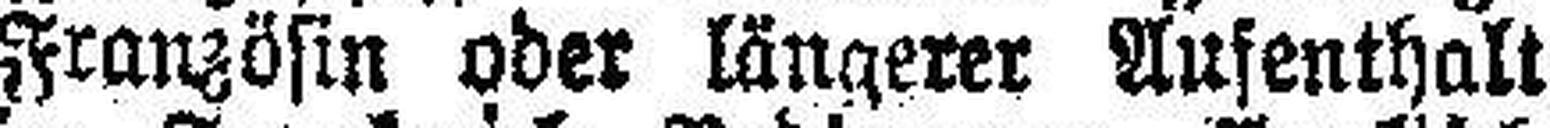
Französin oder längerer Aufenthalt